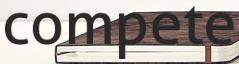
compete